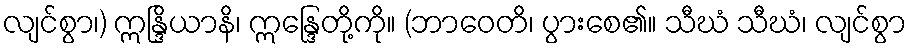
လျင်စွာ၊) ဣန္ဒြိယာနိ၊ ဣန္ဒြေတို့ကို။ (ဘာဝေတိ၊ ပွားစေ၏။ သီဃံ သီဃံ၊ လျင်စွာ